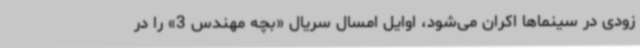
زودی در سینماها اکران می‌شود، اوایل امسال سریال «بچه مهندس 3» را در